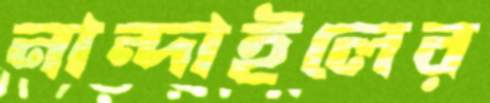
নান্দাইলের